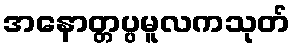
အနောတ္တပ္ပမူလကသုတ်